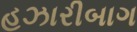
હઝારીબાગ